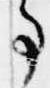
事